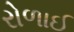
રોળાઈ